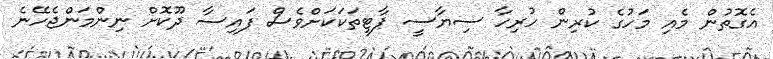
އެގޮތުން މެއި މަހުގެ ކުރިން ހުރިހާ ސިޔާސީ ޕާޓީތަކަކަށްވެސް ފައިސާ ދޫކޮށް ނިންމަންޖެހޭނެ